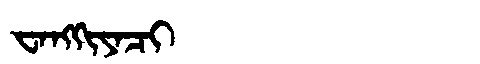
Manchu: ᠸᠠᠩᡴᡳᠶᠠᠴᡳ
Romanization: WANGKIYACI